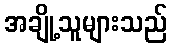
အချို့သူများသည်